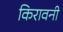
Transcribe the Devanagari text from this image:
किरावनी